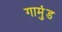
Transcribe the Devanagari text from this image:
गामुंड